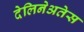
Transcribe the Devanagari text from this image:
देलिनेअतेस